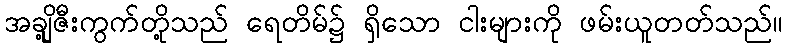
အချို့ဇီးကွက်တို့သည် ရေတိမ်၌ ရှိသော ငါးများကို ဖမ်းယူတတ်သည်။